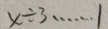
x \div 3 \cdots 1